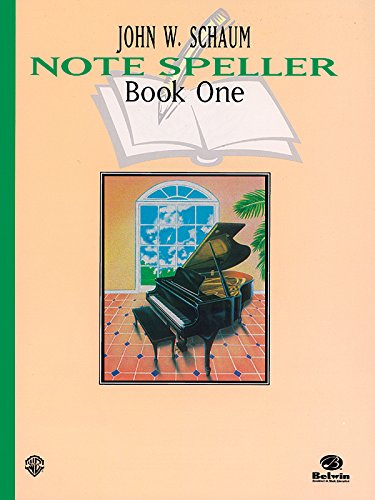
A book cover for Schaum Note Spellers Book 1 (Schaum Method Supplement); John W. Schaum; Arts & Photography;